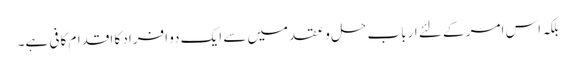
بلکہ اس امر کے لئے ارباب حل و عقد میں سے ایک دو افراد کا اقدام کافی ہے۔